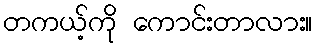
တကယ့်ကို ကောင်းတာလား။